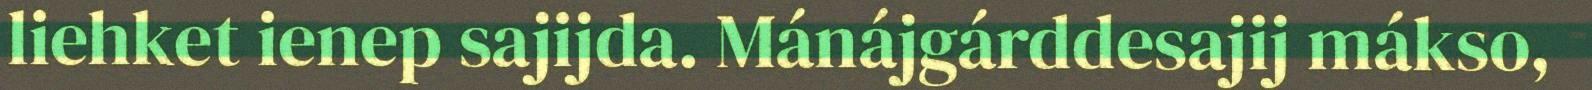
liehket ienep sajijda. Mánájgárddesajij mákso,